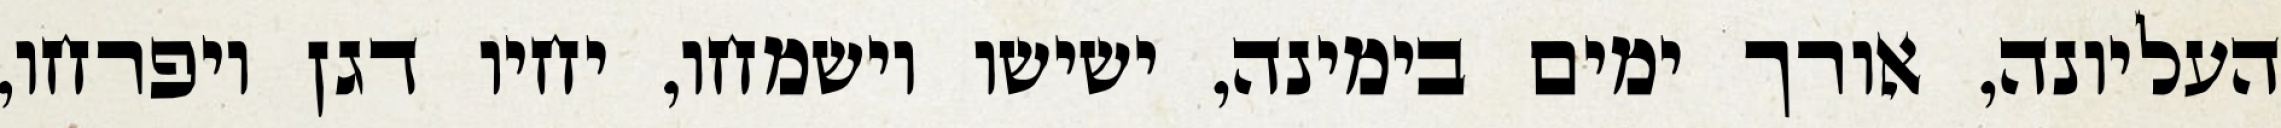
העליונה, אורך ימים בימינה, ישישו וישמחו, יחיו דגן ויפרחו,